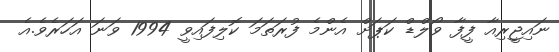
ނައިޖީރިއާ ފީފާ ވޯލްޑް ކަޕަށް އެންމެ ފުރަތަމަ ކޮލިފައިވީ 1994 ވަނަ އަހަރެވެ.އެ